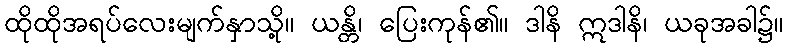
ထိုထိုအရပ်လေးမျက်နှာသို့။ ယန္တိ၊ ပြေးကုန်၏။ ဒါနိ ဣဒါနိ၊ ယခုအခါ၌။